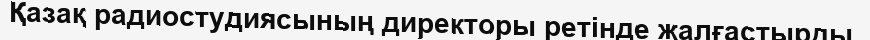
Қазақ радиостудиясының директоры ретінде жалғастырды.